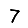
Digit: 7